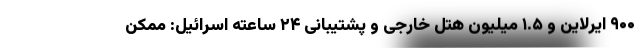
۹۰۰ ایرلاین و ۱.۵ میلیون هتل خارجی و پشتیبانی ۲۴ ساعته اسرائیل: ممکن